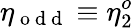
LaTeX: \eta_{\mathrm{~o~d~d~}}\equiv\eta_{2}^{o}